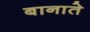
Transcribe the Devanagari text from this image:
बानाते